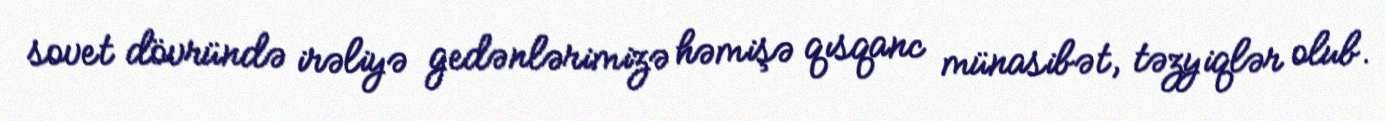
sovet dövründə irəliyə gedənlərimizə həmişə qısqanc münasibət, təzyiqlər olub.